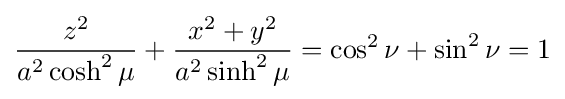
{\frac {z^{2}}{a^{2}\cosh ^{2}\mu }}+{\frac {x^{2}+y^{2}}{a^{2}\sinh ^{2}\mu }}=\cos ^{2}\nu +\sin ^{2}\nu =1